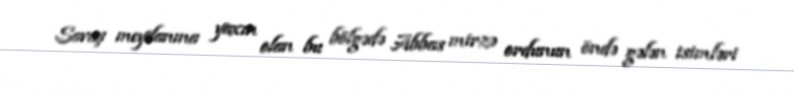
Savaş meydanına yaxın olan bu bölgədə Abbas mirzə ordunun öndə gələn isimləri